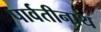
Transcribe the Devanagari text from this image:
पार्वतीनाथ